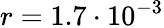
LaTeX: r=1.7\cdot 10^{-3}